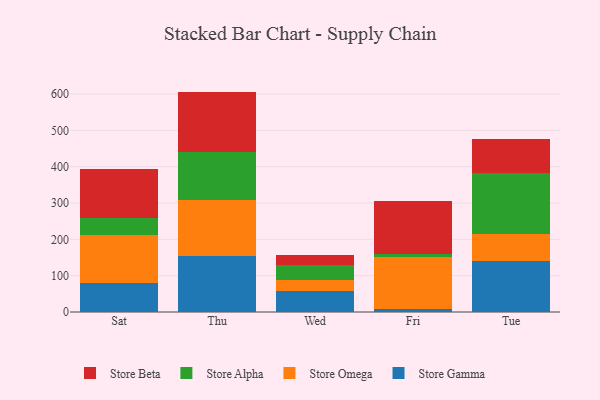
{"axis": {"x": "Day", "y": "Tickets Resolved"}, "legend": ["Store Alpha", "Store Beta", "Store Gamma", "Store Omega"], "data": [{"x": "Sat", "y": 79.1, "type": "Store Gamma"}, {"x": "Sat", "y": 131.7, "type": "Store Omega"}, {"x": "Sat", "y": 47.7, "type": "Store Alpha"}, {"x": "Sat", "y": 134.0, "type": "Store Beta"}, {"x": "Thu", "y": 154.4, "type": "Store Gamma"}, {"x": "Thu", "y": 155.0, "type": "Store Omega"}, {"x": "Thu", "y": 130.2, "type": "Store Alpha"}, {"x": "Thu", "y": 167.1, "type": "Store Beta"}, {"x": "Wed", "y": 56.8, "type": "Store Gamma"}, {"x": "Wed", "y": 32.4, "type": "Store Omega"}, {"x": "Wed", "y": 41.0, "type": "Store Alpha"}, {"x": "Wed", "y": 25.7, "type": "Store Beta"}, {"x": "Fri", "y": 8.1, "type": "Store Gamma"}, {"x": "Fri", "y": 143.5, "type": "Store Omega"}, {"x": "Fri", "y": 8.5, "type": "Store Alpha"}, {"x": "Fri", "y": 146.7, "type": "Store Beta"}, {"x": "Tue", "y": 141.6, "type": "Store Gamma"}, {"x": "Tue", "y": 73.5, "type": "Store Omega"}, {"x": "Tue", "y": 167.4, "type": "Store Alpha"}, {"x": "Tue", "y": 93.9, "type": "Store Beta"}]}